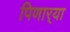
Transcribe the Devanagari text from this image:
पिणार्‍या